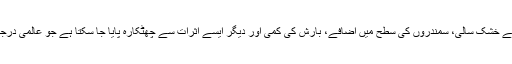
ایسے سانئس دانوں کا کہنا ہے کہ اس مصنوعی عمل سے خشک سالی، سمندروں کی سطح میں اضافے، بارش کی کمی اور دیگر ایسے اثرات سے چھٹکارہ پایا جا سکتا ہے جو عالمی درجہ حرارت میں اضافے کی وجہ سے رونما ہو رہے ہیں۔